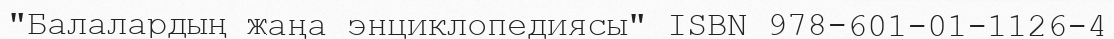
"Балалардың жаңа энциклопедиясы" ISBN 978-601-01-1126-4